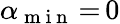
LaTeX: \alpha_{\mathrm{~m~i~n~}}\, {=}\, 0